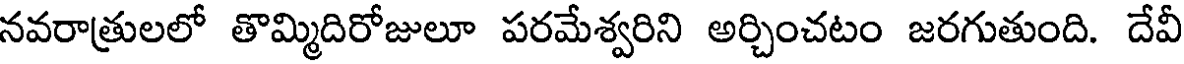
నవరాత్రులలో తొమ్మిదిరోజులూ పరమేశ్వరిని అర్చించటం జరగుతుంది. దేవీ